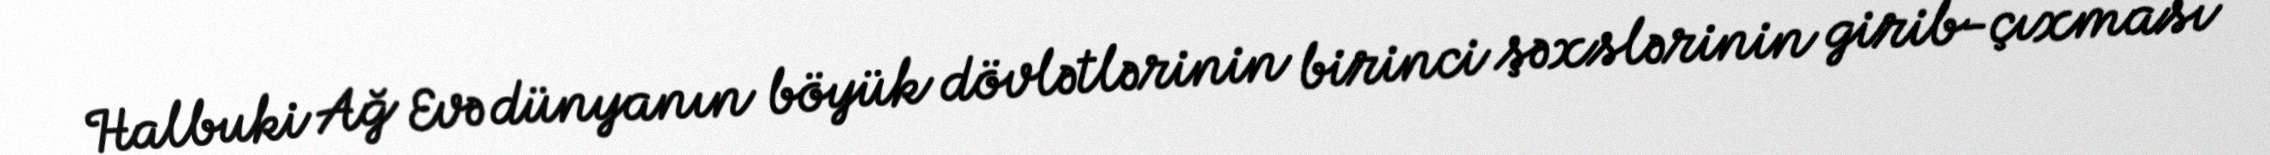
Halbuki Ağ Evə dünyanın böyük dövlətlərinin birinci şəxslərinin girib-çıxması